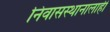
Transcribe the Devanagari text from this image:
निवासस्थानालाही